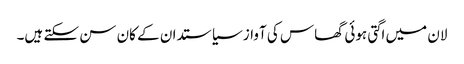
لان میں اگتی ہوئی گھاس کی آواز سیاستدان کے کان سن سکتے ہیں۔